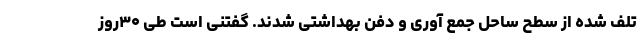
تلف شده از سطح ساحل جمع آوری و دفن بهداشتی شدند. گفتنی است طی ۳۰روز